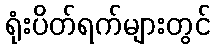
ရုံးပိတ်ရက်များတွင်